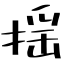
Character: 揺